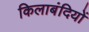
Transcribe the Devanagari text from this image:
किलाबंदियों